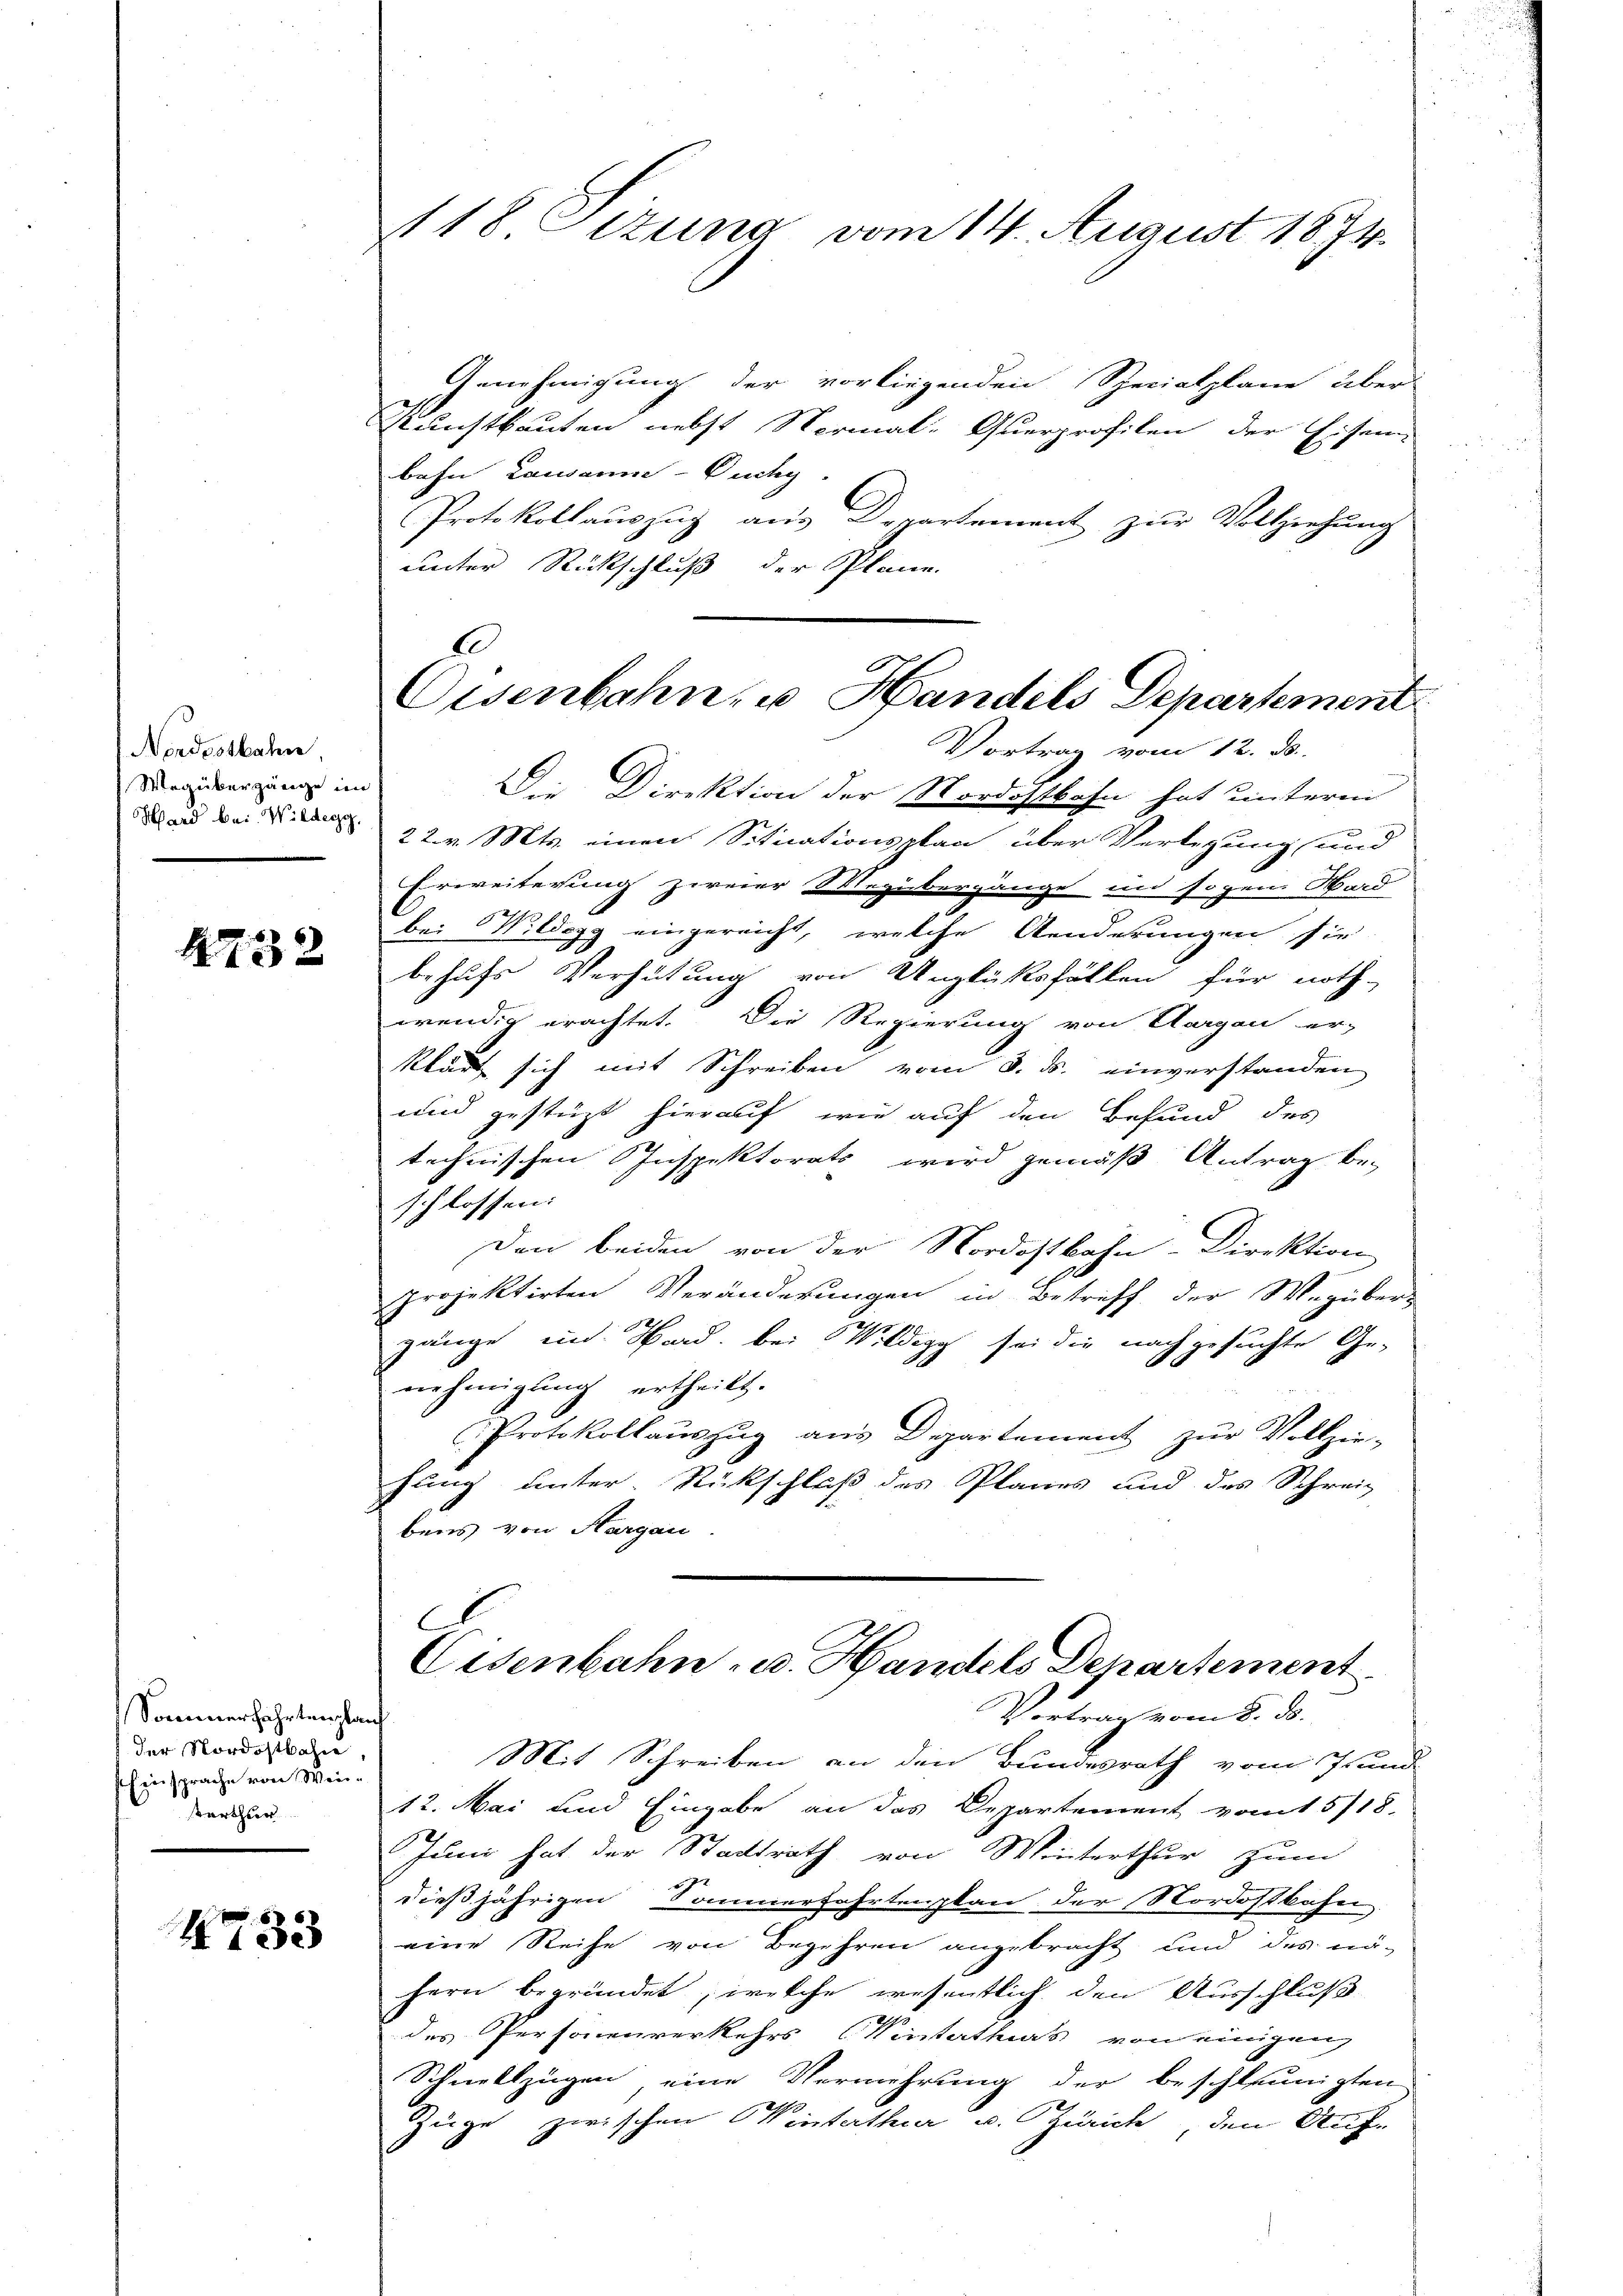
Nordostbahn
Wegübergänge im
Ward bei. Wilderzog,

4732

Sommerfahrtenplauf
der Nordostbahn,
Einsprache von Weisterthur

433

Genehmigung der vorliegenden Specialpläne über
Kunstkauten nebst Vermal: Querprofilen der Eisen-
bahn Lausanne - Duchy.
Protokollauszug aus Departement zur Vollziehung
unter Rückschluß der Plane.
E

118 Otzung vom 14. August 1874.

Eisenbahn, u. Handels Departement
Vortrag vom 12. d.

Die Direktion der Nordostbahn hat unterm
22. v. Mts. einen Situationsplan über Verlegung und
Erweiterung zweier Wegübergänge und sogen Hard
bei Wildegg eingereicht, welche Aenderungen sie
behufs Verhütung von Unglüksfällen für noth-
wendig erachtet. Die Regierung von Aargau er-
klärt sich mit Schreiben vom 3. ds. einverstanden
und gestüzt hierauf, wie auf den Befund des
technischen Inspektorats wird gemäß Antrag beschlossen:
Den beiden von der Nordostbahn-Direktion
projektirten Veränderungen in Betriff der Wegüber-
gänge im Hard, bei Wildegg sei die nachgesuchte Ge-
nehmigung ertheilt.
Protokollauszug aus Departement zur Vollzie-
hung unter Rückschluß des Planes und des Schreibens von Hargau

C
Eisenbahn u. Handels Departement

Vortrag vom 8. ds.
Mit Schreiben an den Bundesrath vom 7. und
12. Mai und Eingabe an das Departement vom 15/18.
Juni hat der Stadtrath von Winterthur zum
dießjährigen Sommerfahrtenzkan der Nordostbahn.
eine Reihe von Begehren angebracht und des nähern begründet, welche wesentlich den Ausschluß
des Personenverkehrs (Winterthurs von einigen
Schnellzügen eine Vermehrung der beschleunigten
Züge zwischen Winterthur u. Zürich, den Auf¬